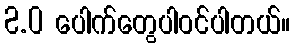
2.0 ပေါက်တွေပါ၀င်ပါတယ်။